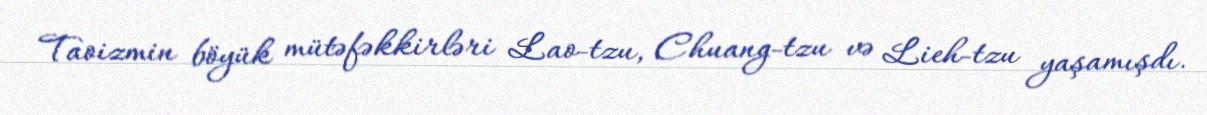
Taoizmin böyük mütəfəkkirləri Lao-tzu, Chuang-tzu və Lieh-tzu yaşamışdı.